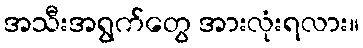
အသီးအရွက်တွေ အားလုံးရလား။